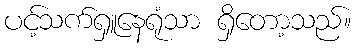
ပင့်သက်ရှူနေရုံသာ ရှိတော့သည်။